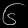
Digit: ၆